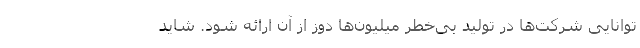
توانایی شرکت‌ها در تولید بی‌خطر میلیون‌ها دوز از آن ارائه شود. شاید